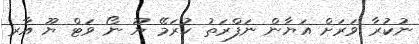
ނުކުރާ ވަރަށް އަޔާން ނަފްރަތު ކުރަމޭ ޔޫ ނޯ ވަޓްް ޔޫ އާރ